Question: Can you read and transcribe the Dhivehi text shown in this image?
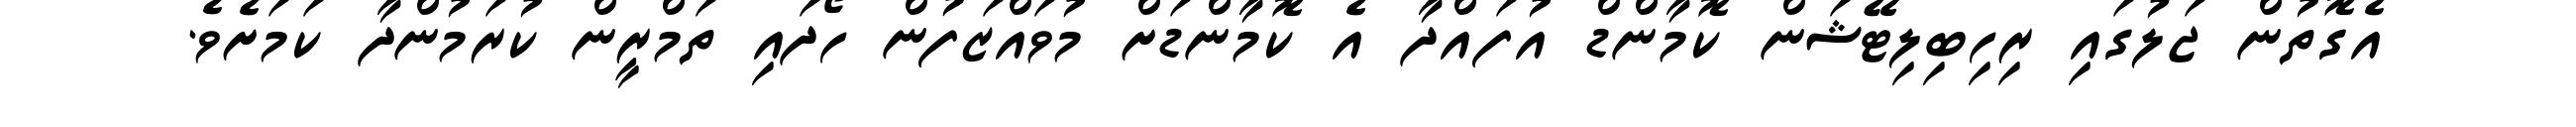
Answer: އެގޮތުން ޖަލުގައި ރިހިބިލިޓޭޝަން ކޮމާންޑް އުފައްދާ އެ ކޮމާންޑަށް މުވައްޒަފުން ހޯދައި ތަމްރީން ކުރަމުންދާ ކަމަށެވެ.